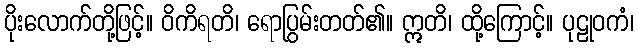
ပိုးလောက်တို့ဖြင့်။ ဝိကိရတိ၊ ရောပြွမ်းတတ်၏။ ဣတိ၊ ထို့ကြောင့်။ ပုဠုဝကံ၊